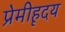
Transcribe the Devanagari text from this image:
प्रेमीहृदय